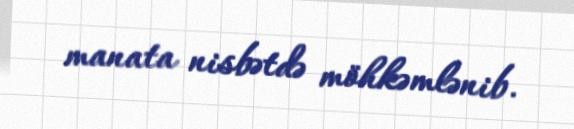
manata nisbətdə möhkəmlənib.